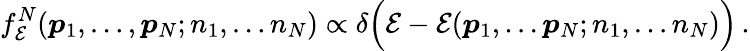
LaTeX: f_{\mathcal E}^{N}(\boldsymbol{p}_{1},\dots,\boldsymbol{p}_{N};n_{1},\dots n_{N})\propto\delta\Bigl({\mathcal E}-{\mathcal E}(\boldsymbol{p}_{1},\dots\boldsymbol{p}_{N};n_{1},\dots n_{N})\Bigr)\, .